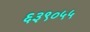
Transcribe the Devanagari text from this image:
६३९०५५